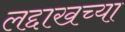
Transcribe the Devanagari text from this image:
लद्दाखच्या